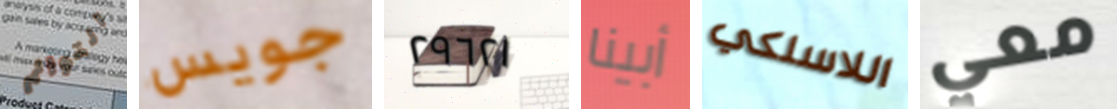
التوائم جويس ٢٩٦٢١ أبينا اللاسلكي معي